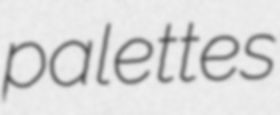
palettes